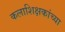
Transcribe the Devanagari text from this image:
कलाशिक्षकांच्या